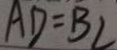
A D = B C